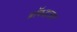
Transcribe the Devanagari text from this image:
ब्रॉकहाउस